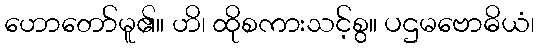
ဟောတော်မူ၏။ ဟိ၊ ထိုစကားသင့်စွ။ ပဌမဗောဓိယံ၊